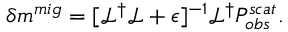
\delta m ^ { m i g } = [ \mathcal { L } ^ { \dagger } \mathcal { L } + \epsilon ] ^ { - 1 } \mathcal { L } ^ { \dagger } P _ { o b s } ^ { s c a t } .